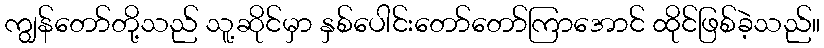
ကျွန်တော်တို့သည် သူ့ဆိုင်မှာ နှစ်ပေါင်းတော်တော်ကြာအောင် ထိုင်ဖြစ်ခဲ့သည်။